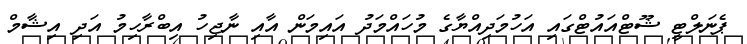
ޕެނަލްޓީ ޝޫޓްއައުޓްގައި އަހުމަދިއްޔާގެ މުހައްމަދު އައިމަން އާއި ނާޖިހު އިބްރާހިމު އަދި އިޝާމް